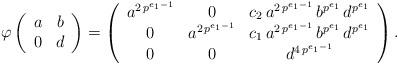
LaTeX: \begin{align*} \varphi\left(\begin{array}{c c} a & b \\ 0 & d \end{array}\right) & = \left(\begin{array}{c c c} a^{2 \, p^{e_1- 1}} & 0 & c_2 \, a^{2 \, p^{e_1 - 1}} \, b^{p^{e_1}} \, d^{p^{e_1}} \\ 0 & a^{2 \, p^{e_1- 1}} & c_1 \, a^{2 \, p^{e_1 - 1}} \, b^{p^{e_1}} \, d^{p^{e_1}} \\ 0 & 0 & d^{4 \, p^{e_1 - 1}} \end{array}\right) . \end{align*}